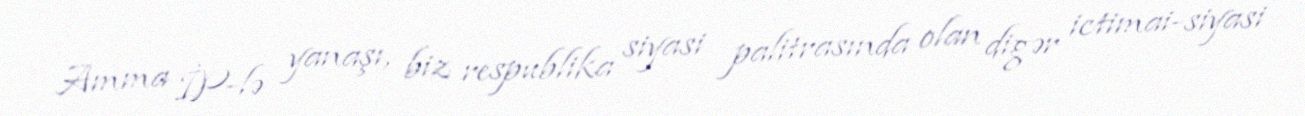
Amma İP-lə yanaşı, biz respublika siyasi palitrasında olan digər ictimai-siyasi